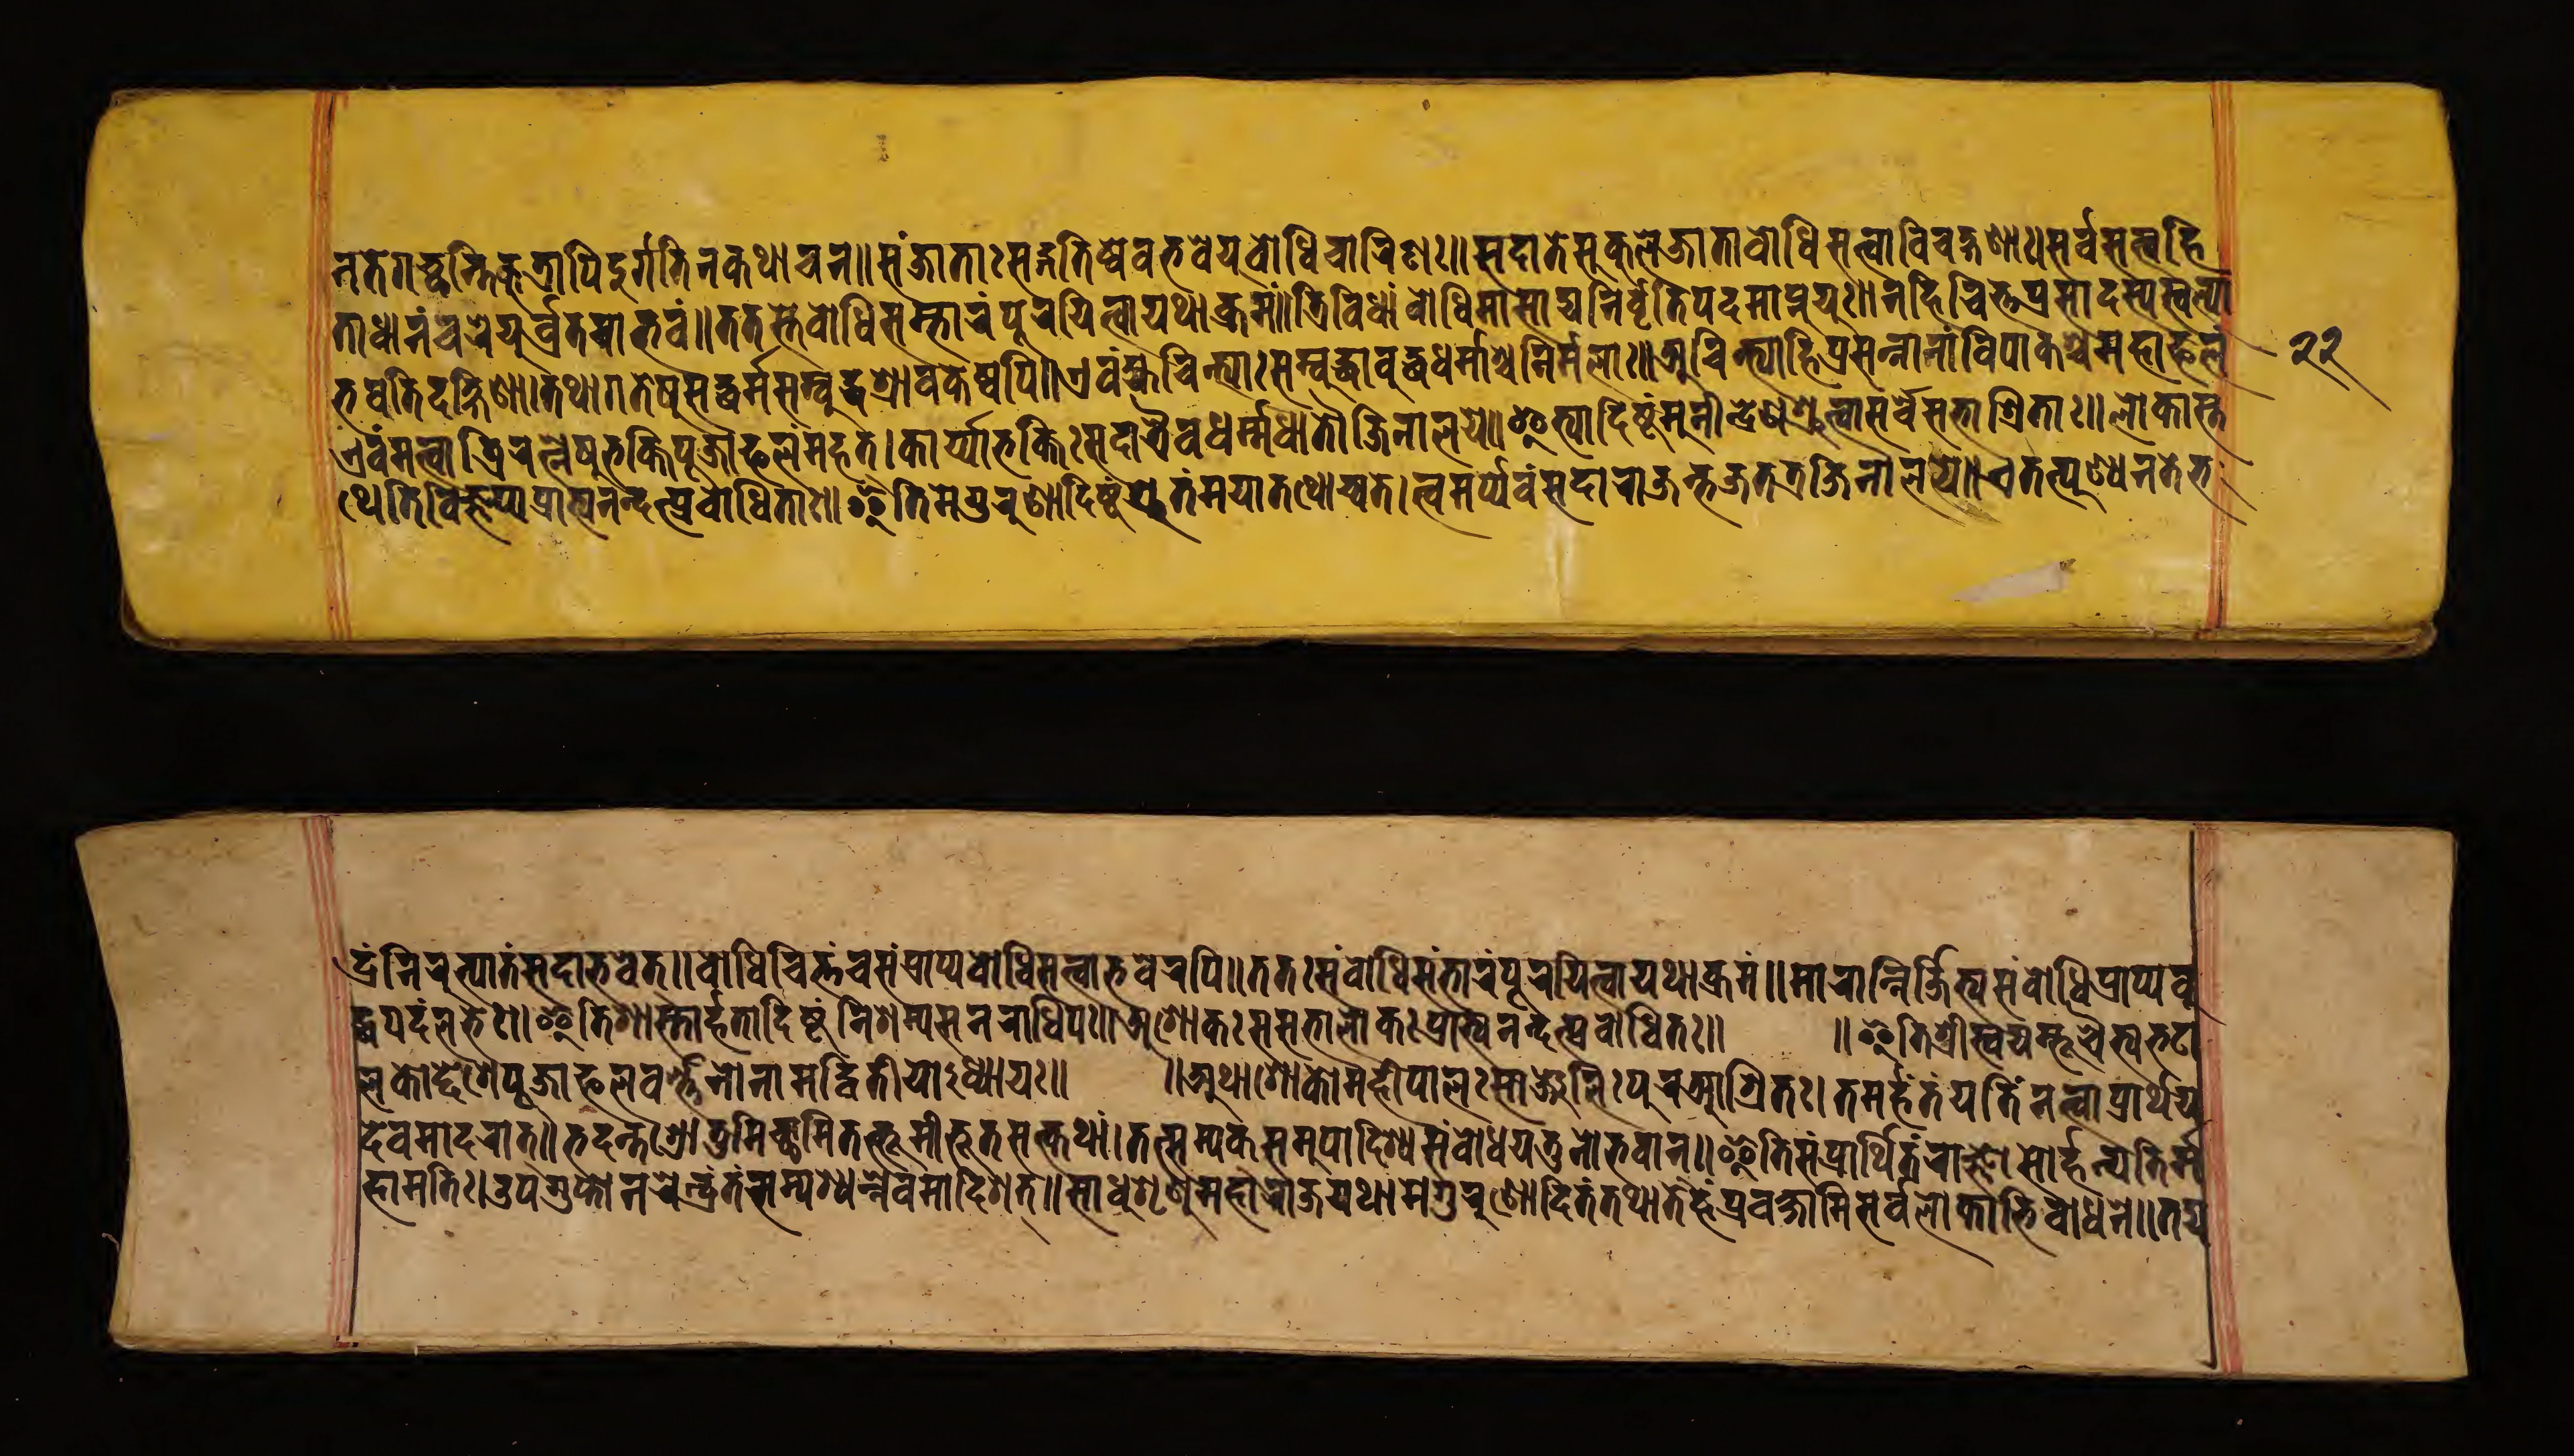
𑐣𑐟𑐾𑐐𑐔𑑂𑐕𑐣𑑂𑐟𑐶𑐎𑐸𑐟𑑂𑐬𑐵𑐥𑐶𑐡𑐸𑐬𑑂𑐐𑐟𑐶𑑄𑐔𑐎𑐡𑐵𑐔𑐣॥𑐳𑑄𑐖𑐵𑐟𑐵𑑅𑐳𑐡𑑂𑐐𑐟𑐶𑐲𑑂𑐰𑐾𑐰𑐨𑐰𑐾𑐫𑐸𑐬𑑂𑐧𑑀𑐢𑐶𑐔𑐵𑐬𑐶𑐞𑑅॥𑐳𑐡𑐵𑐟𑐾𑐳𑐸𑐎𑐸𑐮𑐾𑐖𑐵𑐟𑐵𑐧𑑀𑐢𑐶𑐳𑐟𑑂𑐟𑑂𑐰𑐵𑐰𑐶𑐔𑐎𑑂𑐲𑐞𑐵𑑅॥𑐳𑐬𑑂𑐰𑐳𑐟𑑂𑐟𑑂𑐰𑐴𑐶 𑐟𑐵𑐢𑐵𑐣𑑄𑐔𑐬𑐾𑐫𑐸𑐬𑑂𑐰𑑂𑐬𑐟𑐩𑐵𑐨𑐰𑑄॥𑐟𑐟𑐳𑑂𑐟𑐾𑐧𑑀𑐢𑐶𑐳𑑄𑐨𑐵𑐬𑑄𑐥𑐹𑐬𑐫𑐶𑐟𑑂𑐰𑐵𑐫𑐠𑐵𑐎𑑂𑐬𑐩𑑄॥𑐟𑑂𑐬𑐶𑐰𑐶𑐢𑐵𑑄𑐧𑑀𑐢𑐶𑐩𑐵𑐳𑐵𑐡𑑂𑐫𑐣𑐶𑐬𑑂𑐰𑐺𑐟𑐶𑐥𑐡𑐩𑐵𑐥𑑂𑐣𑐸𑐫𑐸𑑅॥𑐣𑐴𑐶𑐔𑐶𑐟𑑂𑐟𑐥𑑂𑐬𑐳𑐵𑐡𑐳𑑂𑐥𑐳𑑂𑐰𑐮𑑂𑐥𑐵 𑐠𑐾𑐟𑐶𑐰𑐶𑐖𑑂𑐘𑐥𑑂𑐫𑐥𑑂𑐬𑐵𑐟𑑂𑐫𑐣𑐣𑑂𑐡𑐥𑑂𑐬𑐰𑑀𑐢𑐶𑐟𑐵𑑅॥𑐂𑐟𑐶𑐩𑐾𑐐𑐸𑐬𑐸𑐞𑐵𑐡𑐶𑐲𑑂𑐚𑑄𑐱𑑂𑐬𑐸𑐟𑐩𑐫𑐵𑐟𑐠𑑀𑐔𑑂𑐫𑐟𑐾॥𑐟𑑂𑐰𑐩𑐥𑑂𑐫𑐾𑐰𑑄𑐳𑐡𑐵𑐬𑐵𑐖𑐣𑑂𑐨𑐖𑐟𑐟𑑂𑐬𑐖𑐶𑐣𑐵𑐮𑐫𑐾॥𑐊𑐟𑐟𑑂𑐥𑐸𑐞𑑂𑐫𑐾𑐣𑐟𑐾𑐨 𑐡𑑂𑐬𑑄𑐣𑐶𑐬𑐸𑐟𑑂𑐥𑐵𑐟𑑄𑐳𑐡𑐵𑐨𑐰𑐾𑐟𑑂॥𑐧𑑀𑐢𑐶𑐔𑐶𑐟𑑂𑐟𑐬𑐳𑑄𑐔𑐳𑑄𑐥𑑂𑐬𑐵𑐥𑑂𑐫𑐧𑑀𑐢𑐶𑐳𑐟𑑂𑐟𑑂𑐰𑑀𑐨𑐰𑐾𑐬𑐥𑐶॥𑐟𑐟𑑅𑐳𑐩𑑂𑐧𑑀𑐢𑐶𑐳𑑄𑐨𑐵𑐬𑑄𑐥𑐹𑐬𑐫𑐶𑐟𑑂𑐰𑐵𑐟𑐠𑐵𑐎𑑂𑐬𑐩𑑄॥𑐩𑐵𑐬𑐵𑐣𑑂𑐣𑐶𑐬𑑂𑐖𑑂𑐖𑐶𑐟𑑂𑐫𑐳𑑄𑐧𑑀𑐢𑐶𑐥𑑂𑐬𑐵𑐥𑑂𑐫𑐧𑐸 𑐡𑑂𑐢𑐥𑐡𑑄𑐮𑐨𑐾𑑅॥𑐂𑐟𑐶𑐱𑐵𑐳𑑂𑐟𑐵𑐬𑑂𑐴𑐟𑐵𑐡𑐶𑐲𑑂𑐚𑑄𑐳𑐩𑑂𑐫𑐎𑐣𑐬𑐵𑐢𑐶𑐥𑑅॥𑐀𑐱𑑀𑐎𑑅𑐳𑐳𑐨𑐵𑐮𑑀𑐎𑑅𑐥𑑂𑐬𑐵𑐨𑑂𑐫𑐣𑐣𑑂𑐡𑑄𑐥𑑂𑐬𑐧𑑀𑐢𑐶𑐟𑑅॥ ॥𑐂𑐟𑐶𑐱𑑂𑐬𑐷𑐳𑑂𑐰𑐫𑐩𑑂𑐨𑐹𑐔𑐿𑐳𑑂𑐰𑐨𑐚  𑐮𑐎𑑀𑐡𑑂𑐡𑐾𑐱𑐥𑐹𑐖𑐵𑐦𑐮𑐰𑐬𑑂𑐞𑐣𑐵𑐣𑐵𑐩𑐡𑑂𑐰𑐶𑐟𑐷𑐫𑑀𑐢𑑂𑐫𑐵𑐫𑑅॥ ॥𑐀𑐠𑐵𑐱𑑀𑐎𑑀𑐩𑐴𑐷𑐥𑐵𑐮𑑅𑐳𑐵𑐘𑑂𑐖𑐮𑐶𑑅𑐥𑐸𑐬𑐁𑐱𑑂𑐬𑐶𑐟𑑅।𑐟𑐩𑐬𑑂𑐴𑐣𑑂𑐟𑑄𑐫𑐟𑐶𑑄𑐣𑐟𑑂𑐰𑐵𑐥𑑂𑐬𑐵𑐬𑑂𑐠𑐫𑐾 𑐡𑐾𑐰𑐩𑐵𑐡𑐬𑐵𑐟𑑂॥𑐨𑐡𑐣𑑂𑐟𑐱𑑂𑐬𑑀𑐟𑐸𑐩𑐶𑐔𑑂𑐕𑐵𑐩𑐶𑐟𑐡𑑂𑐨𑐹𑐩𑐶𑐳𑐟𑑂𑐎𑐠𑐵𑑄।𑐟𑐟𑑂𑐳𑐩𑑂𑐫𑐎𑑂𑐳𑐩𑐸𑐥𑐵𑐡𑐶𑐱𑑂𑐫𑐳𑑄𑐧𑑀𑐢𑐫𑐶𑐟𑐸𑐣𑑀𑐨𑐰𑐵𑐣𑑂॥𑐂𑐟𑐶𑐳𑑄𑐥𑑂𑐬𑐵𑐬𑑂𑐠𑐶𑐟𑐾𑐬𑐵𑐖𑑂𑐘𑐵𑐳𑑀𑐬𑑂𑐴𑐣𑑂𑐫𑐟𑐶𑐬𑑂𑐩 𑐨𑐰𑐟𑐶𑐡𑐎𑑂𑐲𑐶𑐞𑐵॥𑐟𑐠𑐵𑐐𑐟𑐾𑐲𑐸𑐳𑐡𑑂𑐢𑐬𑑂𑐩𑑂𑐩𑐳𑑄𑐧𑐸𑐡𑑂𑐢𑐱𑑂𑐬𑐵𑐰𑐎𑐾𑐲𑑂𑐰𑐥𑐶॥𑐊𑐰𑑄𑐴𑑂𑐫𑐔𑐶𑐣𑑂𑐟𑑂𑐫𑐵𑑅𑐳𑑄𑐧𑐸𑐡𑑂𑐢𑐵𑑅𑐧𑐸𑐡𑑂𑐢𑐢𑐬𑑂𑐩𑐵𑐱𑑂𑐔𑐣𑐶𑐬𑑂𑐩𑐮𑐵𑑅॥𑐀𑐔𑐶𑐣𑑂𑐟𑑂𑐫𑑀𑐴𑐶𑐥𑑂𑐬𑐳𑐣𑑂𑐣𑐵𑐣𑐵𑑄𑐰𑐶𑐥𑐵𑐎𑐱𑑂𑐔𑐩𑐴𑐵𑐦𑐮 𑐊𑐰𑑄𑐩𑐟𑑂𑐰𑐵𑐟𑑂𑐬𑐶𑐬𑐟𑑂𑐣𑐾𑐲𑐸𑐨𑐎𑑂𑐟𑐶𑐥𑐹𑐖𑐵𑐦𑐮𑑄𑐩𑐴𑐟𑑂॥𑐎𑐵𑐬𑑂𑐫𑐵𑐨𑐎𑑂𑐟𑐶𑐲𑐸𑐳𑐡𑐵𑐟𑑂𑐬𑐿𑐰𑐢𑐬𑑂𑐩𑑂𑐩𑐢𑐵𑐟𑑁𑐖𑐶𑐣𑐵𑐮𑐫𑐾॥𑐂𑐟𑑂𑐫𑐵𑐡𑐶𑐲𑑂𑐚𑑄𑐩𑐸𑐣𑐷𑐣𑑂𑐡𑑂𑐬𑐾𑐣𑐱𑑂𑐬𑐸𑐟𑑂𑐰𑐵𑐳𑐬𑑂𑐰𑐾𑐳𑐩𑐵𑐱𑑂𑐬𑐶𑐟𑐵𑑅॥𑐮𑑀𑐎𑐵𑐳𑑂𑐟 𑐴𑐵𑐩𑐟𑐶𑑅।𑐄𑐥𑐐𑐸𑐥𑑂𑐟𑑀𑐣𑐬𑐾𑐣𑑂𑐡𑑂𑐬𑑄𑐟𑑄𑐳𑐩𑑂𑐥𑐱𑑂𑐫𑐣𑑂𑐣𑐾𑐰𑐩𑐵𑐡𑐶𑐱𑐟𑑂॥𑐳𑐵𑐢𑐸𑐱𑐺𑐞𑐸𑐩𑐴𑐵𑐬𑐵𑐖𑐫𑐠𑐵𑐩𑐾𑐐𑐸𑐬𑐸𑐞𑑀𑐡𑐶𑐟𑑄𑐟𑐠𑐵𑐴𑑄𑐟𑐾𑐥𑑂𑐬𑐰𑐎𑑂𑐲𑑂𑐫𑐵𑐩𑐶𑐳𑐬𑑂𑐰𑐮𑑀𑐎𑐵𑐨𑐶𑐰𑑀𑐢𑐣𑐾॥𑐟𑐡𑑂𑐫 𑑒𑑒